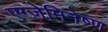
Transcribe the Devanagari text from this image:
एग्ज़ेमिनेष्ण